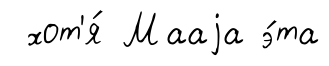
хот'я́ Мааjа э́та